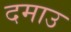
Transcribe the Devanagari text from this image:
दमाउ